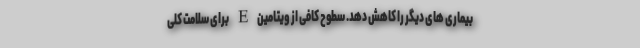
بیماری های دیگر را کاهش دهد. سطوح کافی از ویتامین E برای سلامت کلی